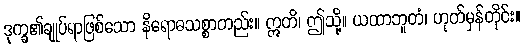
ဒုက္ခ၏ချုပ်ရာဖြစ်သော နိရောဓသစ္စာတည်း။ ဣတိ၊ ဤသို့။ ယထာဘူတံ၊ ဟုတ်မှန်တိုင်း။